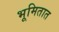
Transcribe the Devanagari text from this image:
भूमितात